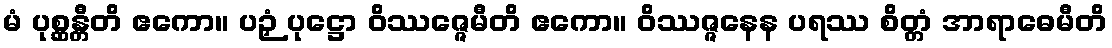
မံ ပုစ္ဆန္တီတိ ဧကော။ ပဉှံ ပုဋ္ဌော ဝိဿဇ္ဇေမီတိ ဧကော။ ဝိဿဇ္ဇနေန ပရဿ စိတ္တံ အာရာဓေမီတိ